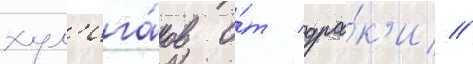
хул'ига́нов о́т дра́к'и //